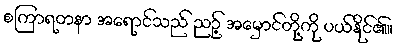
စကြာရတနာ အရောင်သည် ညဉ့် အမှောင်တို့ကို ပယ်နိုင်၏။